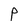
Character: P